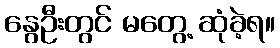
နွေဦးတွင် မတွေ့ ဆုံခဲ့ရ။